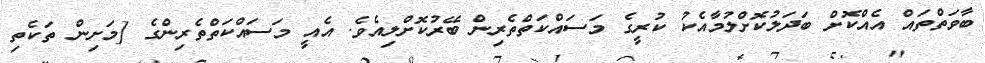
ބާވަތްތައް އެއްކޮށް ބަދަލުކޮށްލުމާއެކު ކުރީގެ މަސައްކަތްތެރިން ބޭރުކޮށްލިއެވެ. އެއީ މަސައްކަތްތެރިންގެ [މަށިން ތަކެތި